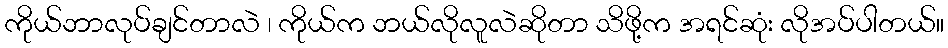
ကိုယ်ဘာလုပ်ချင်တာလဲ ၊ ကိုယ်က ဘယ်လိုလူလဲဆိုတာ သိဖို့က အရင်ဆုံး လိုအပ်ပါတယ်။